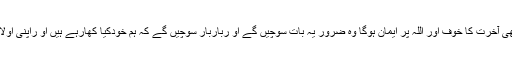
جن کے دل ذرا برابر بھی آخرت کا خوف اور اللہ پر ایمان ہوگا وہ ضرور یہ بات سوچیں گے او رباربار سوچیں گے کہ ہم خودکیا کھارہے ہیں او راپنی اولاد کوکیا کھلارہے ہیں ؟